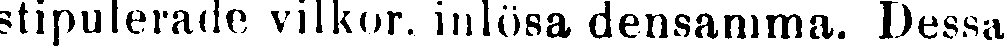
stipulerade vilkor. inlösa densamma. Dessa